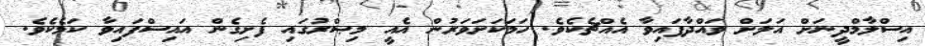
އިސްލާމްދީނަށް އަލަށް ވައްދާފައިވާ އެއްޗެކެވެ. ހަމަކަށަވަރުން އެއީ މިޞްރުގައި ފެށިގެން އައިސްފައިވާ ކަމެކެވެ.